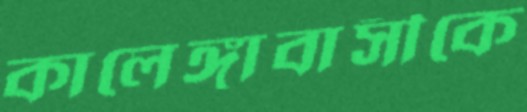
কালেঙ্গাবাসীকে